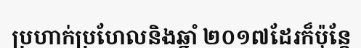
ប្រហាក់ប្រហែលនិងឆ្នាំ ២០១៧ដែរក៏ប៉ុន្តែ